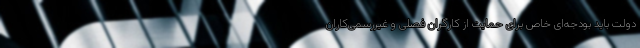
دولت باید بودجه‌ای خاص برای حمایت از کارگران فصلی و غیررسمی‌کاران